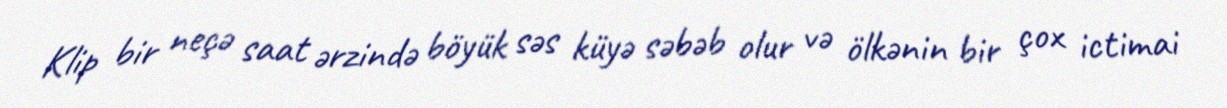
Klip bir neçə saat ərzində böyük səs küyə səbəb olur və ölkənin bir çox ictimai